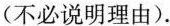
（不必说明理由）。